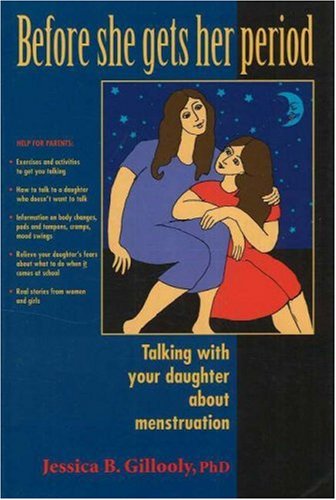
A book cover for Before She Gets Her Period: Talking with Your Daughter about Menstruation; Jessica B. Gillooly PhD; Health, Fitness & Dieting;